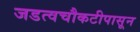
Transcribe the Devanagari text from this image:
जडत्वचौकटीपासून